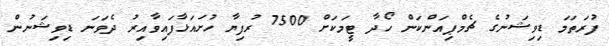
ފުރަތަމަ ޑިވިޝަނުގެ ޗެމްޕިއަންކަން ހޯދާ ޓީމަކަށް 7500 ރުފިޔާ ހުށައަޅާފައިވާއިރު ދެވަނަ ޑިވިޝަނުން